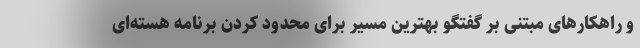
و راهکارهای مبتنی بر گفتگو بهترین مسیر برای محدود کردن برنامه هسته‌ای